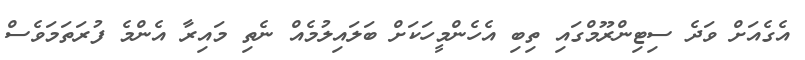
އެގެއަށް ވަދެ ސިޓިންރޫމްގައި ތިބި އެހެންމީހަކަށް ބަލައިލުމެއް ނެތި މައިރާ އެންމެ ފުރަތަމަވެސް